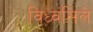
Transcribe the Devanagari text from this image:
विध्वंसिले